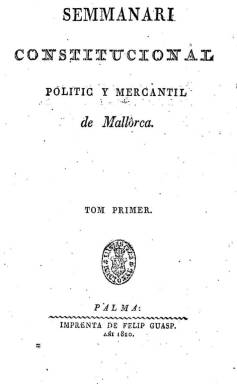
Título: Semmanari constitucional, politic y mercantil de Mallorca
Colección: Periódicos anteriores a 1850
Ámbito geográfico: Baleares
Lugar de publicación: Palma
Fechas: 01/12/1820-08/06/1822

Redactado por el abogado Joan Josep Amengual i Reus (1793-1876), de ideología constitucionalista y escrito completamente en lengua vernácula. Su título también es identificado en la bibliografía en lengua catalana como Setmanari constitucional, polítich y mercantil de Mallorca. Publica su prospecto el uno de diciembre de 1820, y al día siguiente su primer número. Aparecerá cada sábado (disátte; dissabte). Las entregas son de ocho páginas cada una, compuestas a una columna. Forma un primer tomo hasta su número 32, de catorce de julio de 1821, en el que anuncia su suspensión y añade un resumen de sus contenidos, con el sumario de todas sus entregas. La foliación continua de estas suma 256 páginas. El once de mayo de 1822 reaparece, reiniciando su secuencia y paginación, para iniciar un segundo tomo. La última entrega en la colección de la Biblioteca Nacional de España es la número 4, de ocho de junio de ese último año, sumando ahora sólo 18 páginas en total.

Salió de la Imprenta de Felip Guasp, y en sus páginas se van publicando los artículos de la Constitución de 1812, así como algunos artículos comunicados, algunas narraciones costumbristas favorables al liberalismo, y al final de cada entrega inserta los precios de las materias primas agrícolas y productos de consumo. Su intención fue divulgar y acercar la Constitución a todas las clases sociales, como es el caso concreto de las Milicias, según señala en su tesis doctoral Valenciano i López (2012), quien también es autor de un trabajo sobre este semanario, publicado en 2005.

Según Miralles i Montserrat (2007) no pretendía fijar la ortografía o enriquecer la lengua, “pero es considerado un precedente de la Reinaxença”. En el Catàleg històric general de la premsa en català (2014), se señala que Amengual, además de oponerse al proyecto de castellanización de la Societat d’Amics del País, difundió desde su semanario la ideología liberal y la valoración del catalán entre los agricultores, aunque el idioma que empleaba estaba lejos del registro literario y sus parágrafos estaban llenos de castellanismos.

Doctor en Derecho por la Universidad Literaria de Mallorca, en 1817, el joven Amengual ocuparía cargos durante el Trienio Liberal, como el de alcalde de Binissalem, en 1822. Tras publicar este semanario, ese mismo año 1822 editó cinco números de Es Prat i sa Bufera, y entre 1822 y 1823, el semanario Es Desxondidor.

Durante la Década Ominosa (1823-1833) le fue abierto un expediente por el que se le impidió ejercer la abogacía. En 1835, publicó Gramática de la lengua mallorquina, ampliada en una segunda edición en 1872, y entre 1858 y 1878, Nuevo diccionario mallorquín-castellano-latín. Además de traducir al mallorquín la Constitución de 1812, escribió otros trabajos de historia local, agricultura o literarios.